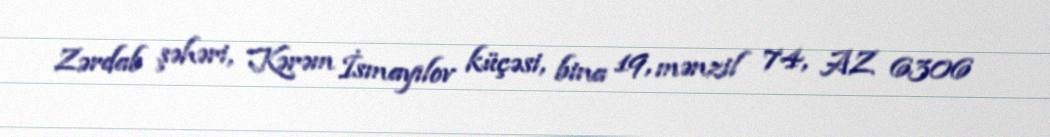
Zərdab şəhəri, Kərəm İsmayılov küçəsi, bina 19, mənzil 74, AZ 6306